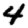
Digit: 4